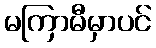
မကြာမီမှာပင်